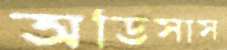
অডিসাস